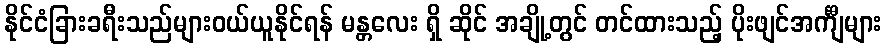
နိုင်ငံခြားခရီးသည်များဝယ်ယူနိုင်ရန် မန္တလေး ရှိ ဆိုင် အချို့တွင် တင်ထားသည့် ပိုးဖျင်အင်္ကျီများ